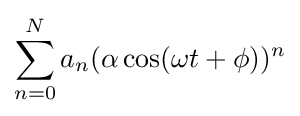
\sum _{n=0}^{N}a_{n}(\alpha \cos(\omega t+\phi ))^{n}